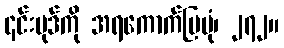
၎င်းပုဒ်ကို အရကောက်ပြပုံ၊ ၂၇၂။